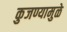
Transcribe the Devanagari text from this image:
कुजण्यामुळे